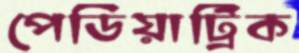
পেডিয়াট্রিক